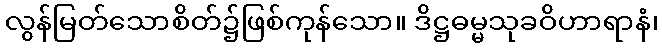
လွန်မြတ်သောစိတ်၌ဖြစ်ကုန်သော။ ဒိဋ္ဌဓမ္မသုခဝိဟာရာနံ၊